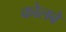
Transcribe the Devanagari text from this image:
कोलबे